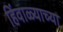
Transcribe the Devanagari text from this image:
हिंवाळ्याच्या